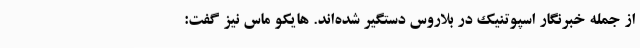
از جمله خبرنگار اسپوتنیک در بلاروس دستگیر شده‌اند. هایکو ماس نیز گفت: